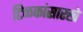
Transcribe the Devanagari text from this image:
टिळकांसारखे